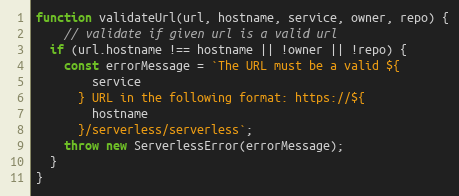
Language: JavaScript
function validateUrl(url, hostname, service, owner, repo) {
    // validate if given url is a valid url
  if (url.hostname !== hostname || !owner || !repo) {
    const errorMessage = `The URL must be a valid ${
        service
      } URL in the following format: https://${
        hostname
      }/serverless/serverless`;
    throw new ServerlessError(errorMessage);
  }
}